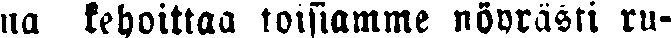
na kehoittaa toisiamme nöyrasti ru-